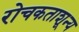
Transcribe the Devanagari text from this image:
रोचकताशून्य